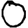
Digit: 0